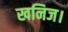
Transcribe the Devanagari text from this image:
खनिज।